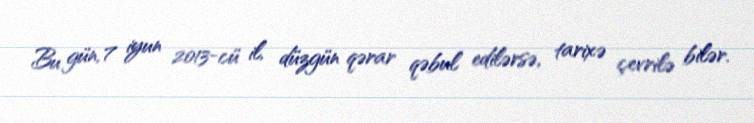
Bu gün, 7 iyun 2013-cü il, düzgün qərar qəbul edilərsə, tarixə çevrilə bilər.